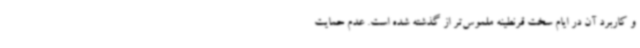
و کاربرد آن در ایام سخت قرنطینه ملموس‌تر از گذشته شده است. عدم حمایت